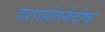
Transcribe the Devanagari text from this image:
दशाहांतर्नदोषः